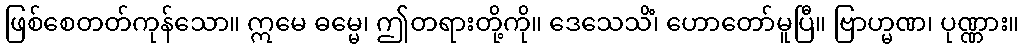
ဖြစ်စေတတ်ကုန်သော။ ဣမေ ဓမ္မေ၊ ဤတရားတို့ကို။ ဒေသေသိံ၊ ဟောတော်မူပြီ။ ဗြာဟ္မဏ၊ ပုဏ္ဏား။